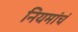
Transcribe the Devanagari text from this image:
नियमांचं